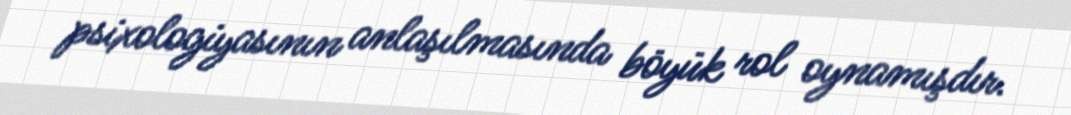
psixologiyasının anlaşılmasında böyük rol oynamışdır.